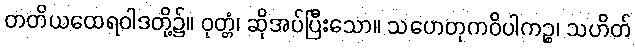
တတိယထေရဝါဒတို့၌။ ဝုတ္တံ၊ ဆိုအပ်ပြီးသော။ သဟေတုကဝိပါကဉ္စ၊ သဟိတ်